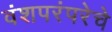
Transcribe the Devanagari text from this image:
वंशपरंपरेचे